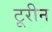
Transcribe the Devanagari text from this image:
टूरीन